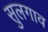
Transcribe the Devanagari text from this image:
सुलगाव